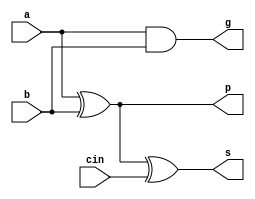
module PFA_1bit(a, b, cin, s, g, p);
input a,b,cin;
output s,g,p;

wire p_int;

assign g = a & b;
assign p_int = a ^ b;
assign s = p_int ^ cin;
assign p = p_int;
endmodule